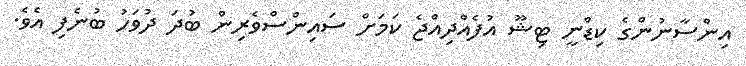
އިންސާނުންގެ ކިޑްނީ ޓިޝޫ އުފެއްދިއްޖެ ކަމަށް ސައިންސްވެރިން ބުދަ ދުވަހު ބުނެފި އެވެ.